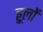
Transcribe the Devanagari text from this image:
ड्डूलों